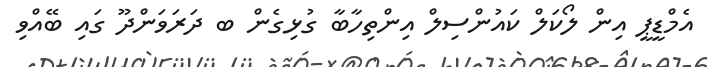
އެމްޑީޕީ އިން ލޯކަލް ކައުންސިލް އިންތިހާބާ ގުޅިގެން ބ ދަރަވަންދޫ ގައި ބޭއްވި